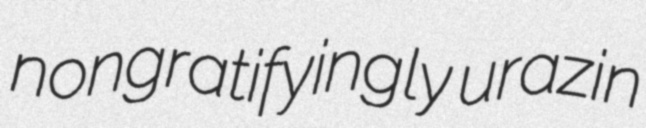
nongratifyingly urazin